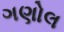
ગણોલ